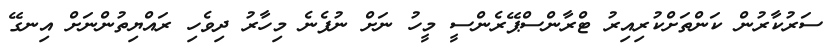
ސަރުކާރުން ކަންތަށްކުރިއިރު ޓްރާންސްޕޭރެންސީ މީހު ނަށް ނުފެނެ މިހާރު ދިވެހި ރައްޔިތުންނަށް އިނގޭ